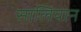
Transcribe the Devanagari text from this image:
सालियान